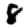
Digit: 8